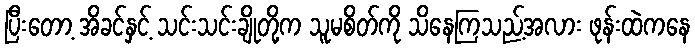
ပြီးတော့ အိခင်နှင့် သင်းသင်းချိုတို့က သူမစိတ်ကို သိနေကြသည့်အလား ဖုန်းထဲကနေ